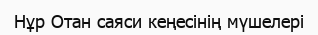
Нұр Отан саяси кеңесінің мүшелері